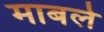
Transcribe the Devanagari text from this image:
माबर्ल